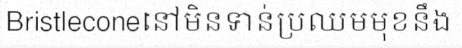
Bristleconeនៅមិនទាន់ប្រឈមមុខនឹង